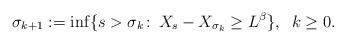
LaTeX: \begin{align*}\sigma_{k+1} := \inf\{ s > \sigma_k \colon\, X_s - X_{\sigma_k} \ge L^\beta \}, \;\; k \ge 0.\end{align*}